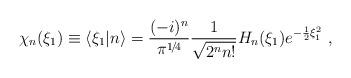
LaTeX: \begin{align*}\chi_{n}(\xi_{1})\equiv\langle\xi_{1}|n\rangle=\frac{(-i)^{n}}{\pi^{1\!/\!4}}\frac{1}{\sqrt{2^{n}n!}}H_{n}(\xi_{1})e^{-\frac{1}{2}\xi_{1}^{2}}\hspace{0.15cm},\end{align*}